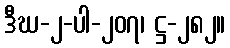
ဒီဃ-၂-ပါ-၂၀၇၊ ဋ္ဌ-၂၈၂။